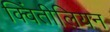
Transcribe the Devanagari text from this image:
क्विंतीलियन